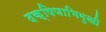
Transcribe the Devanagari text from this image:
दक्षिणाभिमुखी